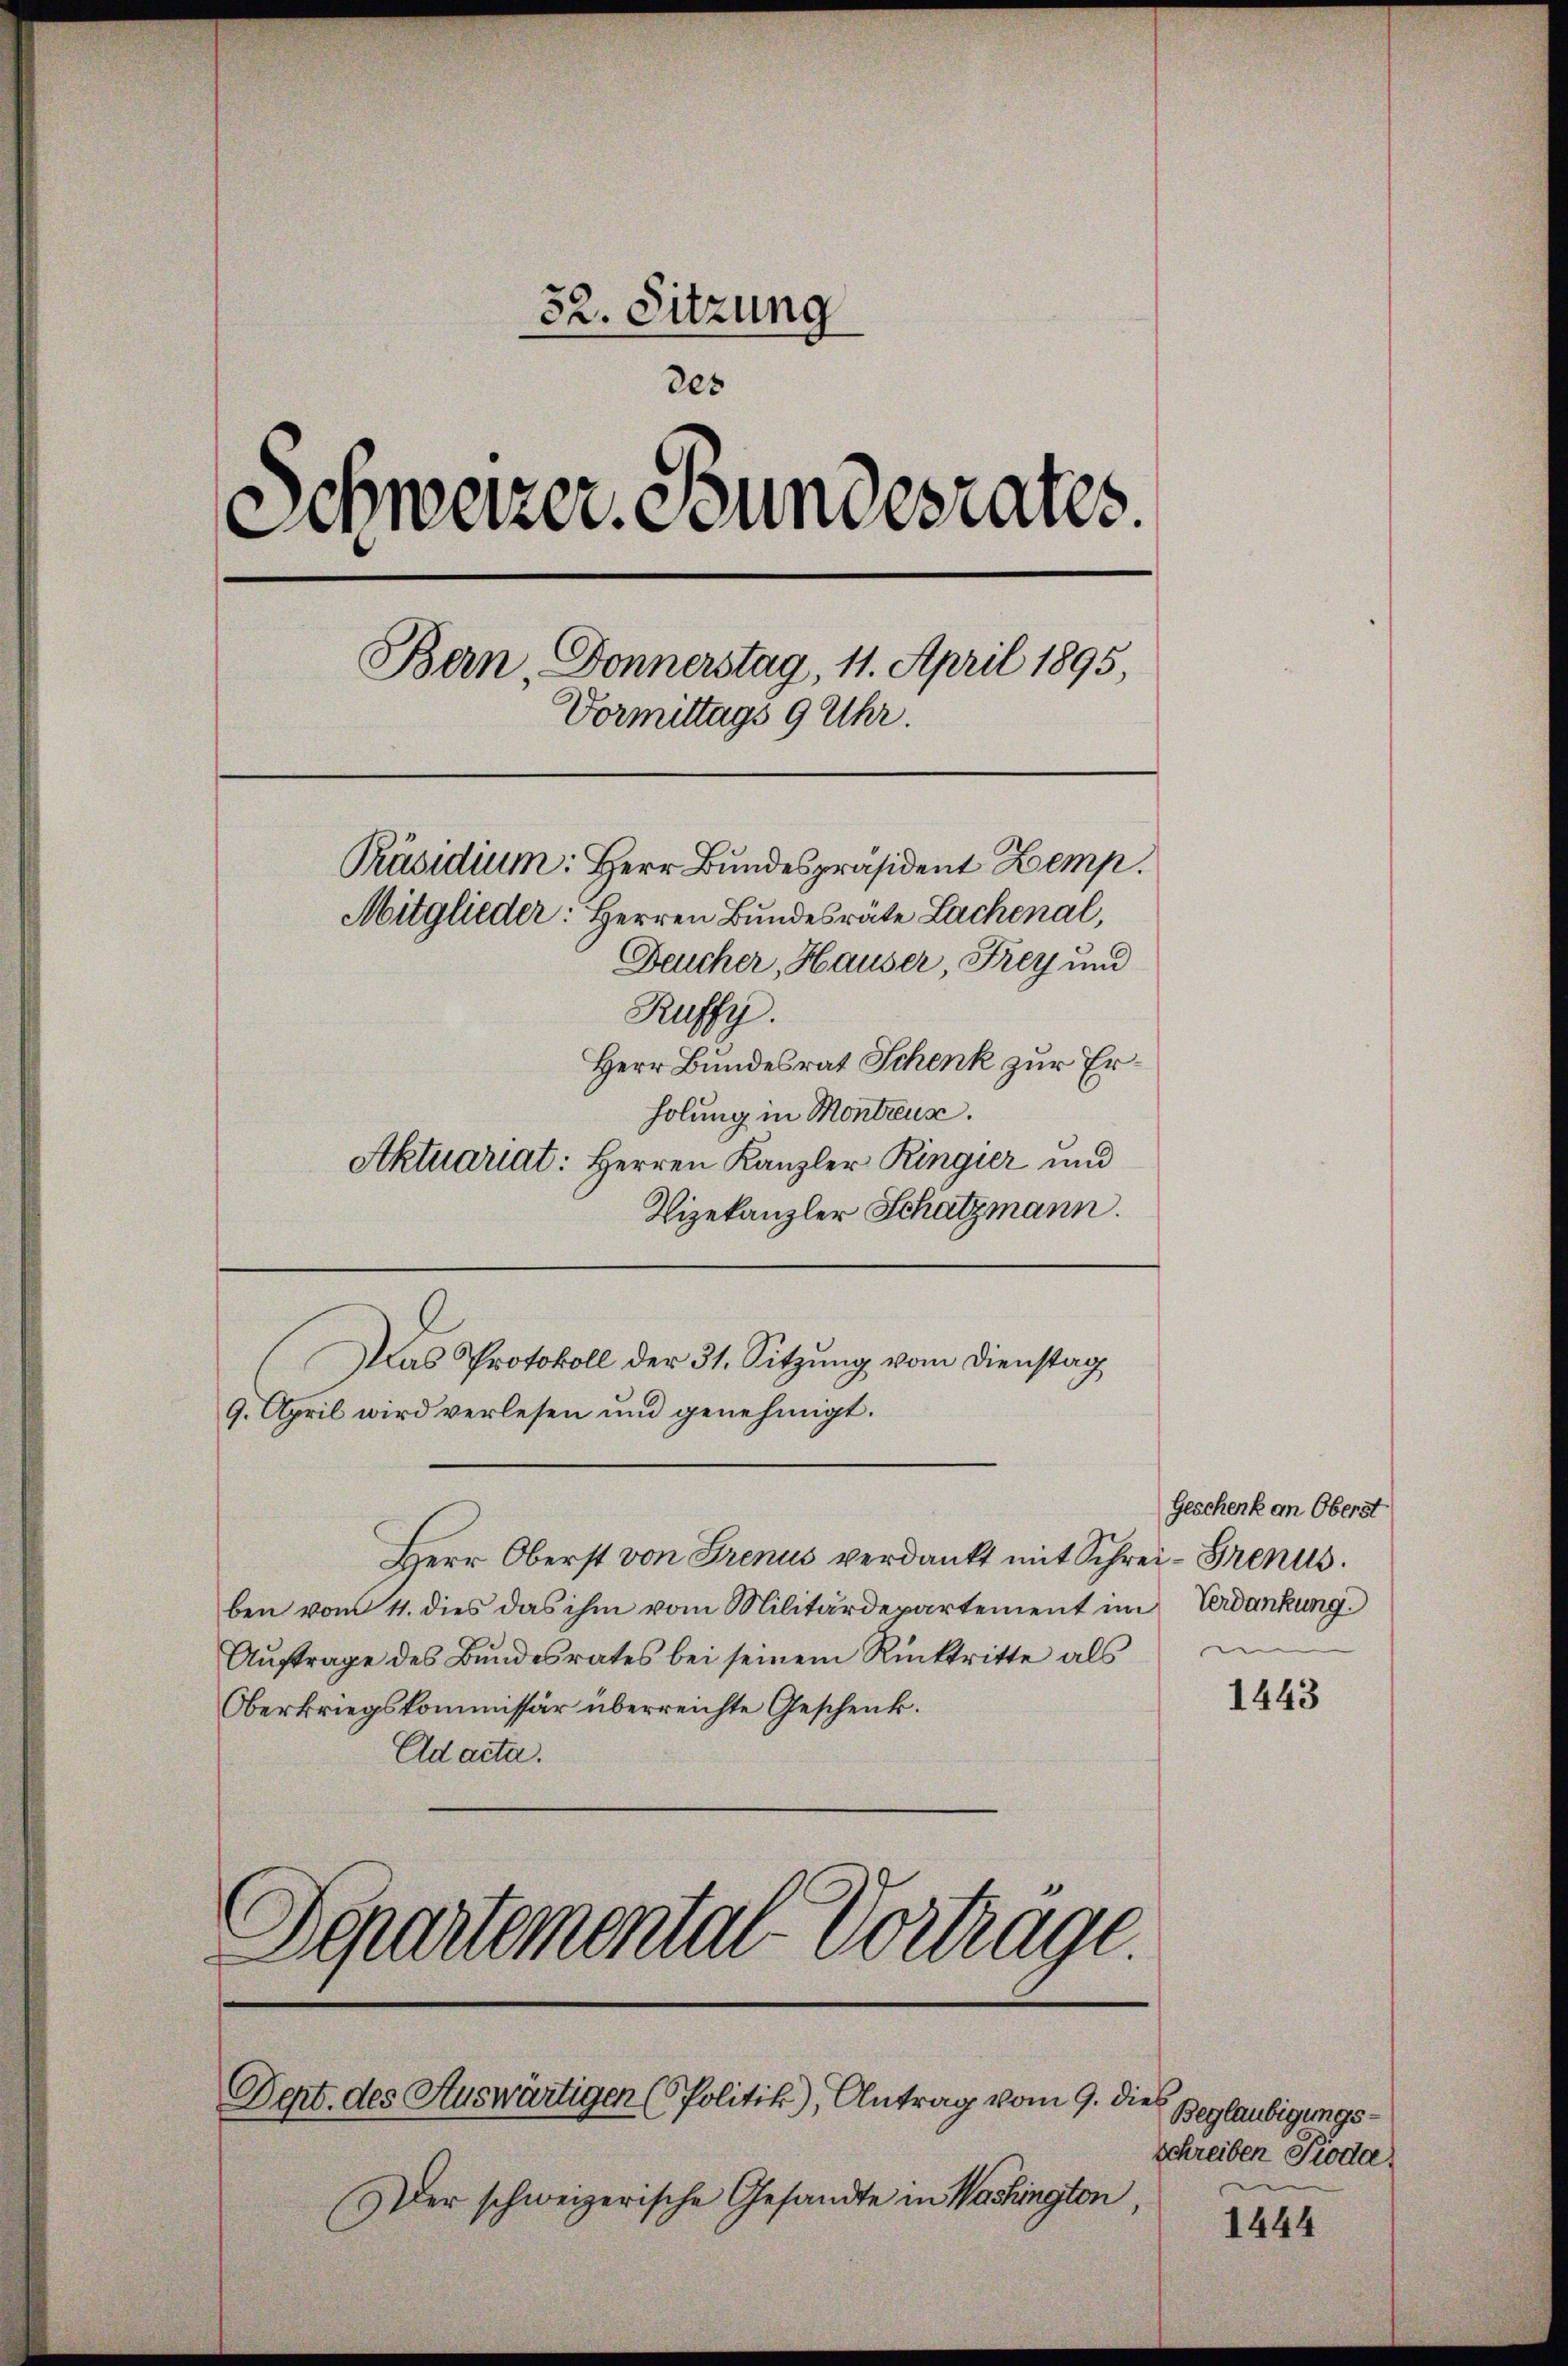
32. Sitzung
des
Schweizer. Bundesrates.
Bern, Donnerstag, 11. April 1895,
Vormittags 9 Uhr.
Präsidium: Herr Bundespräsident Zemp.
Mitglieder: Herren Bundesräte Lachenal,
Deucher, Hauser, Frey und
Ruffy.
Herr Bundesrat Schenk zur Erholung in Montreux.
Aktuariat: Herren Kanzler Ringier und

Vizekanzler Schatzmann.
Das Protokoll der 31. Sitzung vom Dienstag
9. April wird verlesen und genehmigt.
Herr Oberst von Frenus verdankt mit Schrei Grents.
ben vom 11. dies das ihm vom Militärdepartement im Verdankung
Aŭftrage des Bundesrates bei seinem Rücktritte als
Oberkriegskommissär überreichte Geschenk.
Ad acta.
7
Departementar Vortrag.

Dept. des Auswärtigen (Politik), Antrag vom 9. dies

Der schweizerische Gesandte in Washington,

Geschenk an Oberst

1443

Beglaubigungs-
schreiben Pioda,

1444